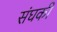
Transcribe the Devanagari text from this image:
संघकी